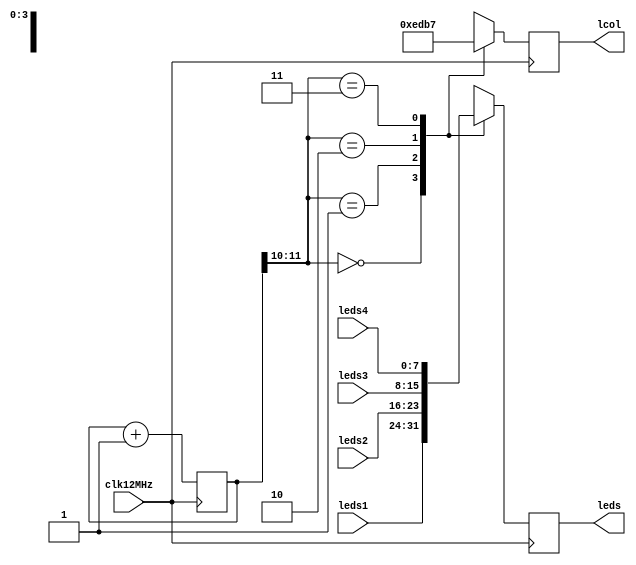
/*
 *  
 *  Copyright(C) 2018 Gerald Coe, Devantech Ltd <gerry@devantech.co.uk>
 * 
 *  Permission to use, copy, modify, and/or distribute this software for any purpose with or
 *  without fee is hereby granted, provided that the above copyright notice and 
 *  this permission notice appear in all copies.
 * 
 *  THE SOFTWARE IS PROVIDED "AS IS" AND THE AUTHOR DISCLAIMS ALL WARRANTIES WITH REGARD TO
 *  THIS SOFTWARE INCLUDING ALL IMPLIED WARRANTIES OF MERCHANTABILITY AND FITNESS. 
 *  IN NO EVENT SHALL THE AUTHOR BE LIABLE FOR ANY SPECIAL, DIRECT, INDIRECT, OR CONSEQUENTIAL 
 *  DAMAGES OR ANY DAMAGES WHATSOEVER RESULTING FROM LOSS OF USE, DATA OR PROFITS, WHETHER IN
 *  AN ACTION OF CONTRACT, NEGLIGENCE OR OTHER TORTIOUS ACTION, ARISING OUT OF OR IN 
 *  CONNECTION WITH THE USE OR PERFORMANCE OF THIS SOFTWARE.
 * 
 */
 
// LedScan takes the four led columns as inputs and outputs them to the led matrix

module LedScan (
	input clk12MHz, 
	input [7:0] leds1,		
	input [7:0] leds2,
	input [7:0] leds3,
	input [7:0] leds4,
	output reg [7:0] leds, 
	output reg [3:0] lcol
	);


    /* Counter register */
    reg [11:0] timer = 12'b0;
	
   
    always @ (posedge clk12MHz) begin
		case (timer[11:10])
			2'b00: begin
    			leds[7:0] <= leds1[7:0];
				lcol[3:0] <= 4'b1110;
			end	    
			2'b01: begin
    			leds[7:0] <= leds2[7:0];
				lcol[3:0] <= 4'b1101;
			end	    
			2'b10: begin
    			leds[7:0] <= leds3[7:0];
				lcol[3:0] <= 4'b1011;
			end	    
			2'b11: begin
    			leds[7:0] <= leds4[7:0];
				lcol[3:0] <= 4'b0111;
			end	    
    	endcase
    end


// increment the scan timer
    always @ (posedge clk12MHz) begin
        timer <= timer + 1;
    end

endmodule